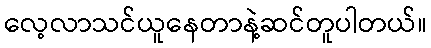
လေ့လာသင်ယူနေတာနဲ့ဆင်တူပါတယ်။